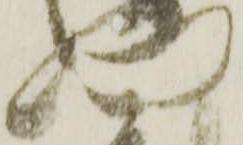
門